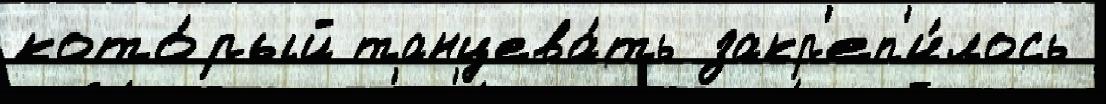
кото́рый танцева́ть закр'еп'и́лось